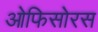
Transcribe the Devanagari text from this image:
ओफिसोरस